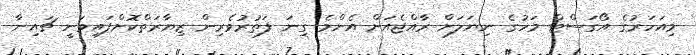
މިއަހަރުގެ އޯގަސްޓް މަހުގެ ނިޔަލަށް ރާއްޖެއަށް އެންމެ ގިނަ ފަތުރުވެެރިން ޒިޔާރަތްކޮށްފައިވަނީ ޗައިނާ